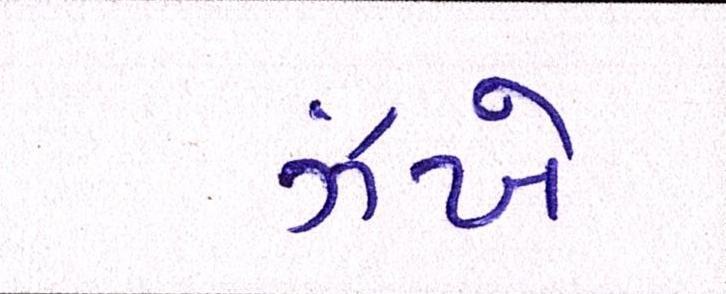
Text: ઝંખે